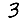
Digit: 3